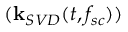
( \mathbf { k } _ { S V D } ( t , f _ { s c } ) )